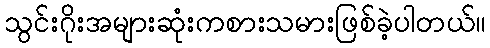
သွင်းဂိုးအများဆုံးကစားသမားဖြစ်ခဲ့ပါတယ်။